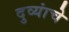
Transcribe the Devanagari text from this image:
दुव्यांचे